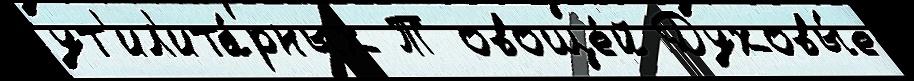
ут'ил'ита́рных Т овоще́й Духовы́е